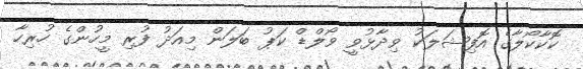
ކޮކާކޯލާގެ އޮފިޝަލަކު ވިދާޅުވީ ވޯލްޑް ކަޕު ބަލަން މިއަދު ފުރި މީހުންގެ ހުރިހާ